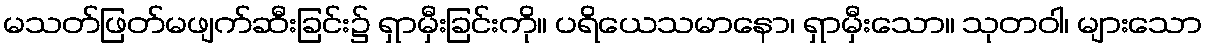
မသတ်ဖြတ်မဖျက်ဆီးခြင်း၌ ရှာမှီးခြင်းကို။ ပရိယေသမာနော၊ ရှာမှီးသော။ သုတဝါ၊ များသော